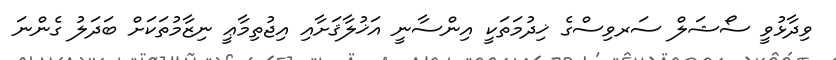
ވިދާޅުވީ ސޯޝަލް ސަރވިސްގެ ޚިދުމަތަކީ އިންސާނީ އަޚުލާޤަށާއި އިޖުތިމާޢީ ނިޒާމުތަކަށް ބަދަލު ގެންނަ